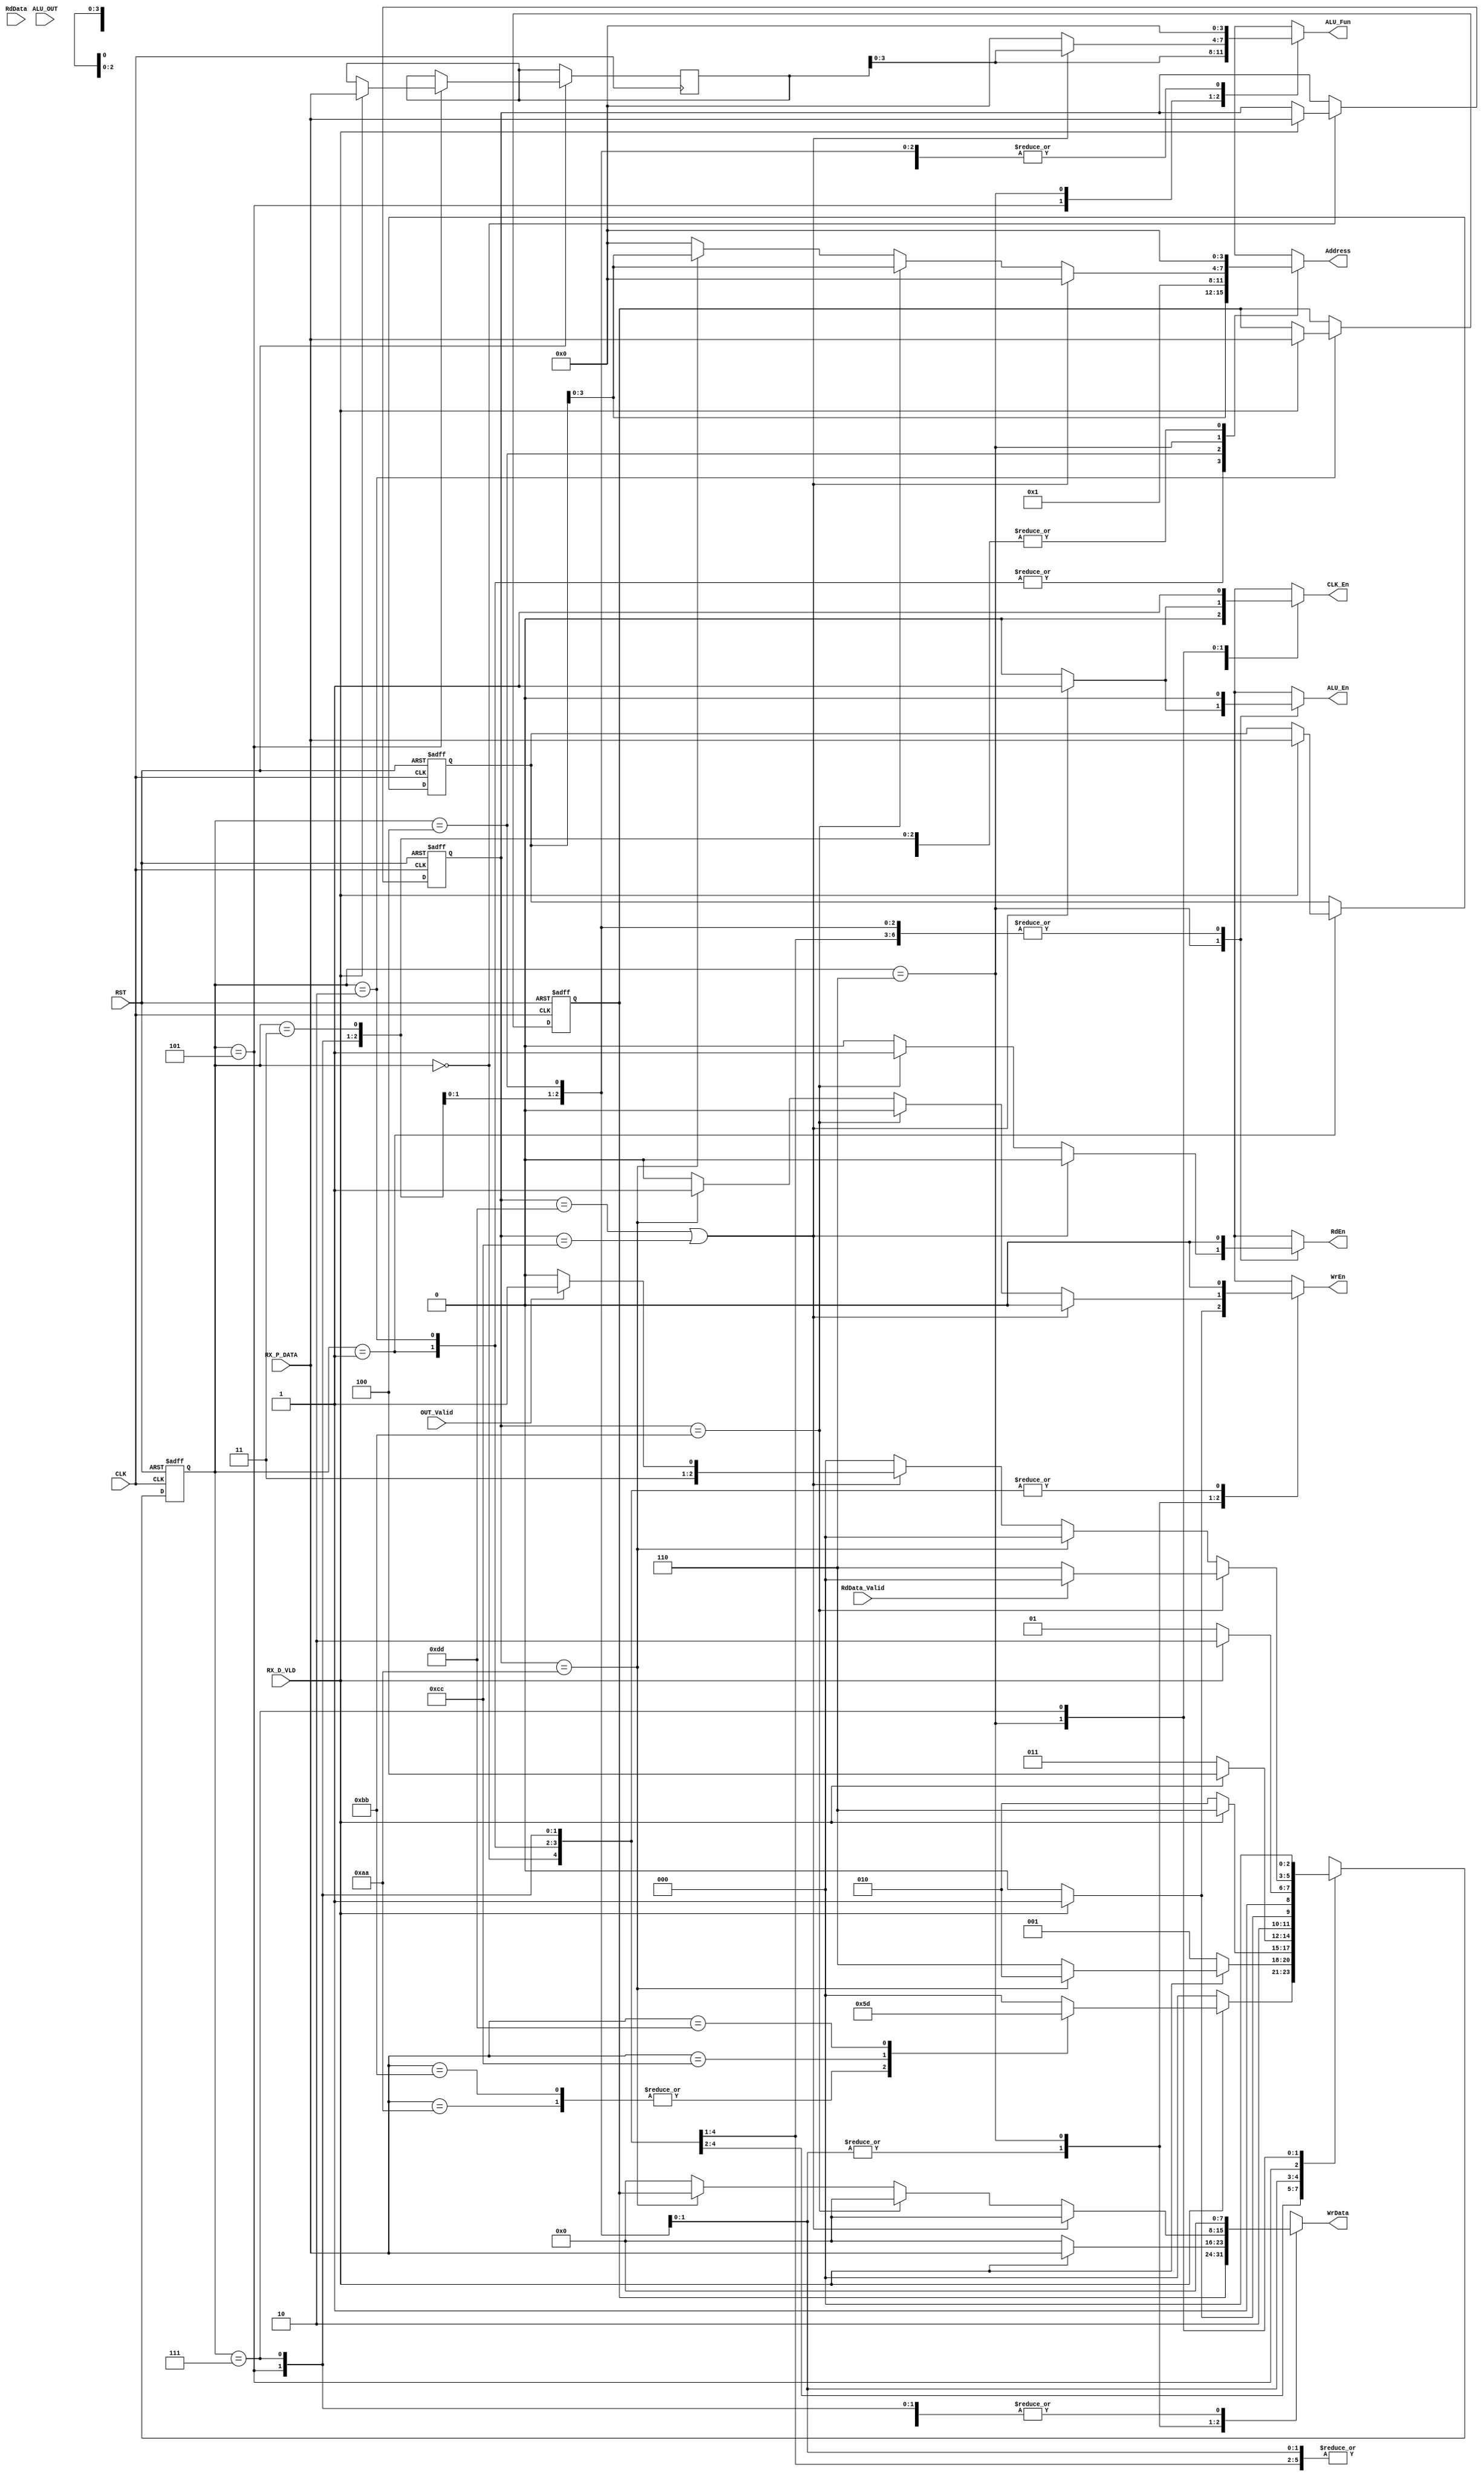
module SYS_CTRL_Rx (
    //Rx
    input       wire        [7:0]       RX_P_DATA,
    input       wire                    RX_D_VLD,

    //ALU
    input       wire        [7:0]       ALU_OUT,
    input       wire                    OUT_Valid,
    output      reg                     ALU_En,
    output      reg         [3:0]       ALU_Fun,
    output      reg                     CLK_En,


    //Register File
    input       wire        [7:0]       RdData,
    input       wire                    RdData_Valid,
    output      reg         [3:0]       Address,
    output      reg                     WrEn,
    output      reg                     RdEn,
    output      reg         [7:0]       WrData,

    //Clock and Reset
    input       wire                    CLK,
    input       wire                    RST
);

reg     [2:0]       currentState, nextState;
reg     [7:0]       currentInstruction, currentAddress, currentData, currentFun;

localparam  IDLE        =   0,
            ADD_WAIT    =   1,
            DATA_WAIT   =   2,
            OPA_WAIT    =   3,
            OPB_WAIT    =   4,
            FUN_WAIT    =   5,
            PROCESS     =   6,
            ALU_OFF     =   7;




localparam  RF_Write    =   8'hAA,
            RF_Read     =   8'hBB,
            ALU_Op      =   8'hCC,
            ALU_No_Op   =   8'hDD;


//Next State Transition
always @ (posedge CLK or negedge RST)
    begin
        if (!RST)
            begin
                currentState <= IDLE; 
                currentInstruction <= 0;
                currentAddress <= 0;
                currentData <= 0;   
            end
        else
            begin
                currentState <= nextState;

                case (currentState)
                    
                    IDLE        :   begin
                                        if (RX_D_VLD)
                                            currentInstruction <= RX_P_DATA;
                                    end

                    
                    ADD_WAIT    :   begin
                                        if (RX_D_VLD)
                                            currentAddress <= RX_P_DATA;
                                    end


                    DATA_WAIT   :   begin
                                        if (RX_D_VLD)
                                            currentData <= RX_P_DATA;
                                    end

                    FUN_WAIT    :   begin
                                        if (RX_D_VLD)
                                            currentFun <= RX_P_DATA;
                                    end

                endcase
            end
    end


//Next State Logic
always @ (*)
    begin
        case (currentState)

            IDLE        :   begin
                                if (RX_D_VLD)
                                    begin
                                        case (RX_P_DATA)

                                            RF_Write    :   begin
                                                                nextState = ADD_WAIT;
                                                            end

                                            RF_Read     :   begin
                                                                nextState = ADD_WAIT;
                                                            end

                                            ALU_Op      :   begin
                                                                nextState = OPA_WAIT;
                                                            end

                                            ALU_No_Op   :   begin
                                                                nextState = FUN_WAIT;
                                                            end

                                            default     :   begin
                                                                nextState = IDLE;
                                                            end
                                        endcase
                                    end
                                
                                else
                                    nextState = IDLE;

                            end

            
            ADD_WAIT    :   begin
                                if (RX_D_VLD)
                                    begin
                                        if (currentInstruction == RF_Write)
                                            nextState = DATA_WAIT;
                                        else
                                            nextState = PROCESS;
                                    end
                                else
                                    nextState = ADD_WAIT;
                            end


            DATA_WAIT   :   begin
                                if (RX_D_VLD)
                                    nextState = PROCESS;
                                else
                                    nextState = DATA_WAIT;
                            end

            OPA_WAIT    :   begin
                                if (RX_D_VLD)
                                    nextState = OPB_WAIT;
                                else
                                    nextState = OPA_WAIT;
                            end

            OPB_WAIT    :   begin
                                if (RX_D_VLD)
                                    nextState = FUN_WAIT;
                                else
                                    nextState = OPB_WAIT;
                            end

            FUN_WAIT    :   begin
                                if (RX_D_VLD)
                                    nextState = PROCESS;
                                else
                                    nextState = FUN_WAIT;
                            end

            PROCESS     :   begin
                                if (currentInstruction == RF_Read)
                                    begin
                                        if (RdData_Valid)
                                            nextState = IDLE;
                                        else
                                            nextState = PROCESS;
                                    end

                                else if (currentInstruction == RF_Write)
                                    nextState = IDLE;
                                
                                else if (currentInstruction == ALU_No_Op || currentInstruction == ALU_Op)
                                    begin
                                        if (OUT_Valid)
                                            nextState = ALU_OFF;
                                        else
                                            nextState = PROCESS;
                                    end   
                                
                                else
                                    nextState = IDLE;
                            end

            ALU_OFF     :   nextState = IDLE;

            default     :   nextState = IDLE;

        endcase
    end


//Output Logic
always @ (*)
    begin
        case (currentState)

            IDLE        :   begin
                                ALU_En = 0;
                                ALU_Fun = 0;
                                CLK_En = 0;
                                Address = 0;
                                WrEn = 0;
                                RdEn = 0;
                                WrData = 0;
                            end

            
            ADD_WAIT    :   begin
                                ALU_En = 0;
                                ALU_Fun = 0;
                                CLK_En = 0;
                                Address = currentAddress;
                                WrEn = 0;
                                RdEn = 0;
                                WrData = 0;
                            end


            DATA_WAIT   :   begin
                                ALU_En = 0;
                                ALU_Fun = 0;
                                CLK_En = 0;
                                Address = currentAddress;
                                WrEn = 0;
                                RdEn = 0;
                                WrData = currentData;
                            end

            OPA_WAIT    :   begin
                                ALU_En = 0;
                                ALU_Fun = 0;
                                CLK_En = 0;
                                RdEn = 0;

                                Address = 8'h0;
                                if (RX_D_VLD)
                                    begin
                                        WrEn = 1;
                                        WrData = RX_P_DATA;
                                    end
                                else
                                    begin
                                        WrEn = 0;
                                        WrData = 0;
                                    end
                            end

            OPB_WAIT    :   begin
                                ALU_En = 0;
                                ALU_Fun = 0;
                                CLK_En = 0;
                                RdEn = 0;

                                Address = 8'h1;
                                if (RX_D_VLD)
                                    begin
                                        WrEn = 1;
                                        WrData = RX_P_DATA;
                                    end
                                else
                                    begin
                                        WrEn = 0;
                                        WrData = 0;
                                    end
                            end

            FUN_WAIT    :   begin
                                ALU_En = 0;
                                ALU_Fun = currentFun;
                                CLK_En = 0;
                                Address = 0;
                                WrEn = 0;
                                RdEn = 0;
                                WrData = 0;
                            end

            PROCESS     :   begin
                                if (currentInstruction == ALU_No_Op || currentInstruction == ALU_Op)
                                    begin
                                        ALU_En = 1;
                                        ALU_Fun = currentFun;
                                        CLK_En = 1;

                                        Address = 0;
                                        WrEn = 0;
                                        RdEn = 0;
                                        WrData = 0;
                                    end

                                else if (currentInstruction == RF_Read)
                                    begin
                                        ALU_En = 0;
                                        ALU_Fun = 0;
                                        CLK_En = 0;

                                        Address = currentAddress;
                                        WrEn = 0;
                                        RdEn = 1;
                                        WrData = 0;
                                    end

                                else if (currentInstruction == RF_Write)
                                    begin
                                        ALU_En = 0;
                                        ALU_Fun = 0;
                                        CLK_En = 0;

                                        Address = currentAddress;
                                        WrEn = 1;
                                        RdEn = 0;
                                        WrData = currentData;
                                    end

                                else
                                    begin
                                        ALU_En = 0;
                                        ALU_Fun = 0;
                                        CLK_En = 0;
                                        Address = 0;
                                        WrEn = 0;
                                        RdEn = 0;
                                        WrData = 0;
                                    end
                            end

            ALU_OFF     :   begin
                                ALU_En = 0;
                                ALU_Fun = 0;
                                CLK_En = 1;
                                Address = 0;
                                WrEn = 0;
                                RdEn = 0;
                                WrData = 0;
                            end

            default     :   begin
                                ALU_En = 0;
                                ALU_Fun = 0;
                                CLK_En = 0;
                                Address = 0;
                                WrEn = 0;
                                RdEn = 0;
                                WrData = 0;
                            end

        endcase
    end



endmodule